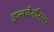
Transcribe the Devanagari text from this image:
इन्त्रवेनौस्ल्य